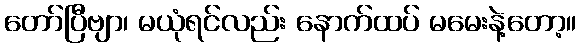
တော်ပြီဗျာ၊ မယုံရင်လည်း နောက်ထပ် မမေးနဲ့တော့။